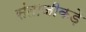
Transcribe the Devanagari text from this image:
संताजीकड़े